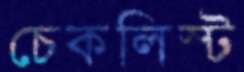
চেকলিস্ট